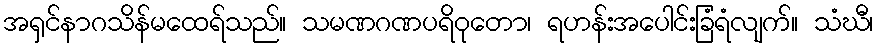
အရှင်နာဂသိန်မထေရ်သည်။ သမဏဂဏပရိဝုတော၊ ရဟန်းအပေါင်းခြံရံလျက်။ သံဃီ၊